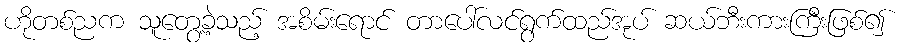
ဟိုတစ်ညက သူတွေ့ခဲ့သည့် အစိမ်းရောင် တာပေါ်လင်ရွက်ထည်အုပ် ဆယ်ဘီးကားကြီးဖြစ်၍